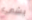
بشىء